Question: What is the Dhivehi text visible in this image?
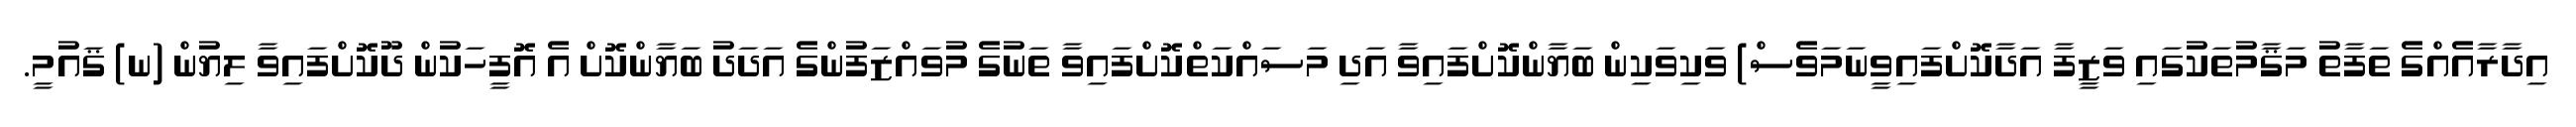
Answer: އިދާރާއެއްގެ ތަފާތު މަޤާމުތަކުގައި ވަޒީފާ އަދާކޮށްފައިވީނަމަވެސް) ވަކިވަކިން ބަޔާންކޮށްފައިވާ އަދި މަސައްކަތްކޮށްފައިވާ ތަނުގެ މުވައްޒަފުންގެ އަދަދު ބަޔާންކޮށް އެ އޮފީހަކުން ދޫކޮށްފައިވާ ލިޔުން (ނ) ޤައުމީ.